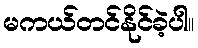
မကယ်တင်နိုင်ခဲ့ပါ။